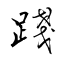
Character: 踐